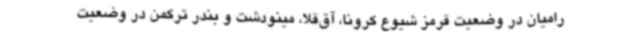
رامیان در وضعیت قرمز شیوع کرونا، آق‌قلا، مینودشت و بندر ترکمن در وضعیت